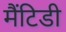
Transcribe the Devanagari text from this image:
मैंटिडी